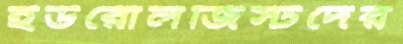
ইউরোলজিস্টদের